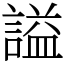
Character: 謚